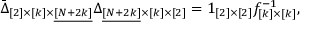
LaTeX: \bar { \Delta } _ { [ 2 ] \times [ k ] \times \underline { { { [ N + 2 k ] } } } } \Delta _ { \underline { { { [ N + 2 k ] } } } \times [ k ] \times [ 2 ] } = 1 _ { [ 2 ] \times [ 2 ] } f _ { [ k ] \times [ k ] } ^ { - 1 } ,